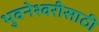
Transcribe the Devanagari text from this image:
भुवनेश्वरीसाठी